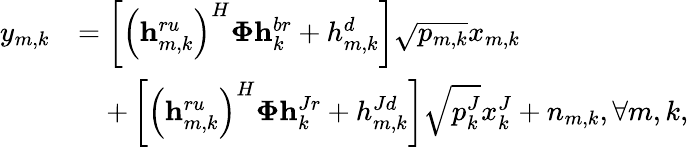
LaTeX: \begin{array}{rl}{y_{m,k}}&{=\left[\left(\mathbf{h}_{m,k}^{ru}\right)^{H}\mathbf{\Phi}\mathbf{h}_{k}^{br}+h_{m,k}^{d}\right]\sqrt{p_{m,k}}x_{m,k}}\\ &{\quad+\left[\left(\mathbf{h}_{m,k}^{ru}\right)^{H}\mathbf{\Phi}\mathbf{h}_{k}^{Jr}+h_{m,k}^{Jd}\right]\sqrt{p_{k}^{J}}x_{k}^{J}+n_{m,k},\forall m,k,}\end{array}